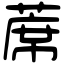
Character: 蓆